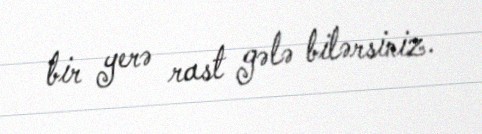
bir yerə rast gələ bilərsiniz.